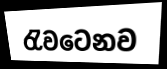
රැවටෙනව